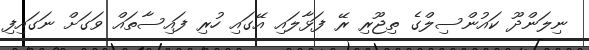
ނިލަންދޫ ކައުންސިލްގެ ތިޖޫރި ރޭ ފަޅާލައި އޭގައި ހުރި ފައިސާތައް ވަގަށް ނަގައިފި